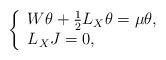
LaTeX: \begin{align*}\left \{ \begin{array}{l}W\theta+\frac{1}{2}L_X\theta =\mu\theta,\\L_{X}J=0,\end{array}\right. \end{align*}